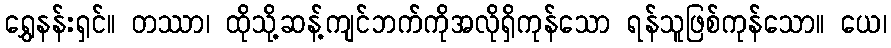
ရွှေနန်းရှင်။ တဿာ၊ ထိုသို့ဆန့်ကျင်ဘက်ကိုအလိုရှိကုန်သော ရန်သူဖြစ်ကုန်သော။ ယေ၊